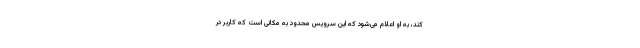
کند، به او اعلام می‌شود که این سرویس محدود به مکانی است که کاربر در